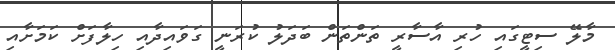
މާލޭ ސިޓީގައި ހުރި އާސާރީ ތަންތަން ބަދަލު ކުރަނީ ގަވައިދާއި ހިލާފަށް ކަމަށާއި